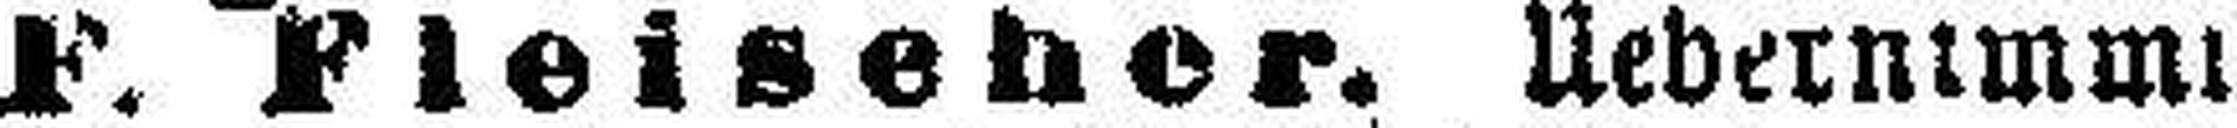
F. Fleisener. Uebernimmt